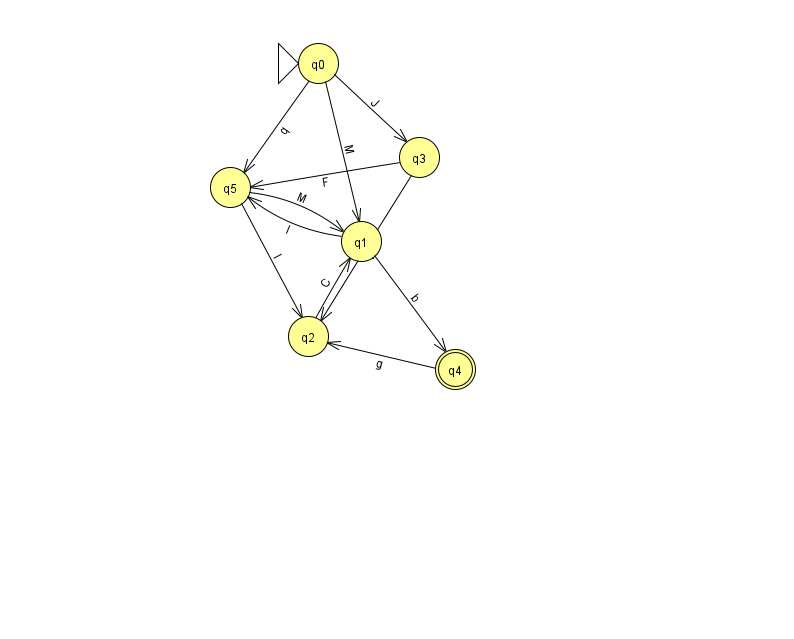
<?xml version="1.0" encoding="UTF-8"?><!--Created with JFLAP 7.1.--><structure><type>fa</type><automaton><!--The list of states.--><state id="0" name="q0"><x>318.0</x><y>50.0</y><initial/></state><state id="1" name="q1"><x>361.0</x><y>228.0</y></state><state id="2" name="q2"><x>308.0</x><y>323.0</y></state><state id="3" name="q3"><x>419.0</x><y>144.0</y></state><state id="4" name="q4"><x>455.0</x><y>356.0</y><final/></state><state id="5" name="q5"><x>230.0</x><y>174.0</y></state><!--The list of transitions.--><transition><from>5</from><to>1</to><read>M</read></transition><transition><from>0</from><to>3</to><read>J</read></transition><transition><from>0</from><to>1</to><read>M</read></transition><transition><from>0</from><to>5</to><read>q</read></transition><transition><from>1</from><to>5</to><read>I</read></transition><transition><from>4</from><to>2</to><read>g</read></transition><transition><from>3</from><to>2</to><read>m</read></transition><transition><from>2</from><to>1</to><read>C</read></transition><transition><from>3</from><to>5</to><read>F</read></transition><transition><from>1</from><to>4</to><read>b</read></transition><transition><from>5</from><to>2</to><read>I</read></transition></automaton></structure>